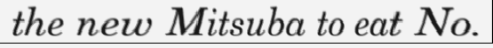
the new Mitsuba to eat No.